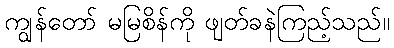
ကျွန်တော် မမြစိန်ကို ဖျတ်ခနဲကြည့်သည်။